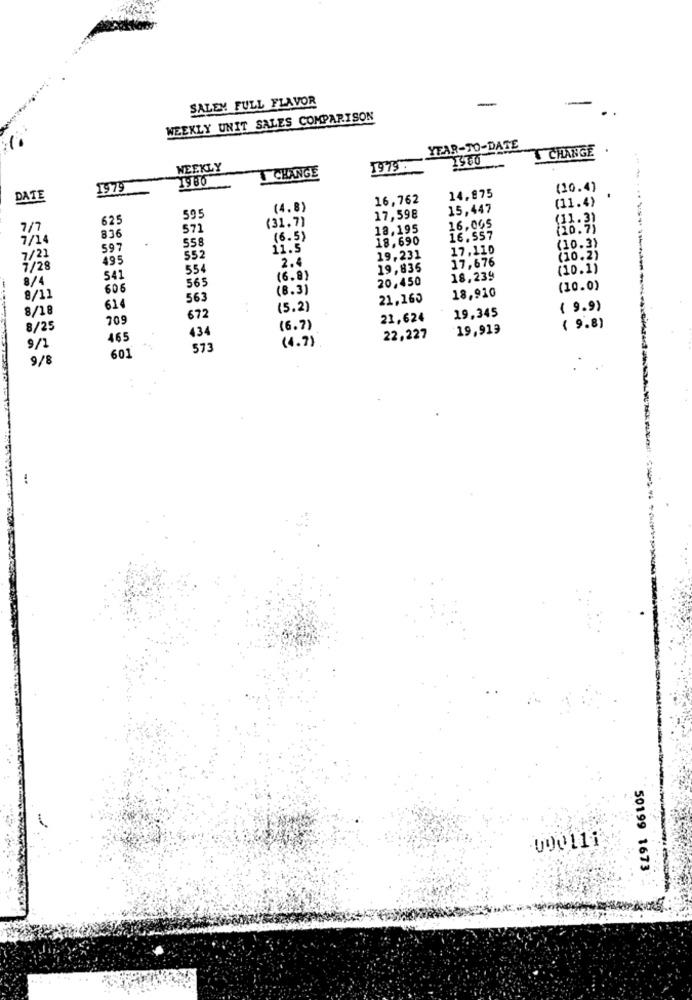
SALEM FULL FLAVOR
-
WEEKLY UNIT SALES COMPARISON
YEAR-TO-DATE
CHANGE
.
2900
WEEKLY
CHANGE
1979.
1980
1979
(10.4)
DATE
16,762
14,875
(11.4)
(4.8)
15,447
625
595
(31.7)
17,598
(11.3)
7/7
571
18,195
16,005
(10.75
7/14
836
.
558
(6.5)
18,690
16.557
597
11.5
17,110
(10.3)
7/21
495
552
2.4
19,231
17,676
(10.2)
7/28
554
19,835
(10.1)
8/4
541
565
(6.9)
20,450
18,239
606
(8.3)
18,910
(10.0)
8/11
563
21,165
8/18
61
(5.2)
( 9.9)
709
672
21,624
19,345
8/25
434
(6.7)
19,919
( 9.8)
465
(4.7)
22,227
9/1
573
9/8
601
000119
50199 1673